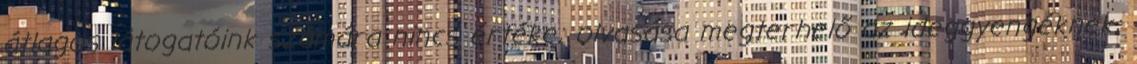
átlagos látogatóink számára nincs értéke; olvasása megterhelő az ideggyengéknek;